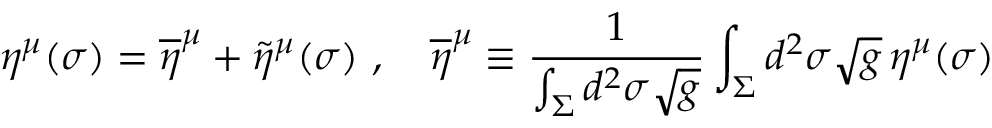
\eta ^ { \mu } ( \sigma ) = \overline { { \eta } } ^ { \mu } + \widetilde \eta ^ { \mu } ( \sigma ) \ , \quad \overline { { \eta } } ^ { \mu } \equiv { \frac { 1 } { \int _ { \Sigma } d ^ { 2 } \sigma \sqrt g } } \int _ { \Sigma } d ^ { 2 } \sigma \sqrt g \, \eta ^ { \mu } ( \sigma )